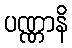
ပဏ္ဏာနိ